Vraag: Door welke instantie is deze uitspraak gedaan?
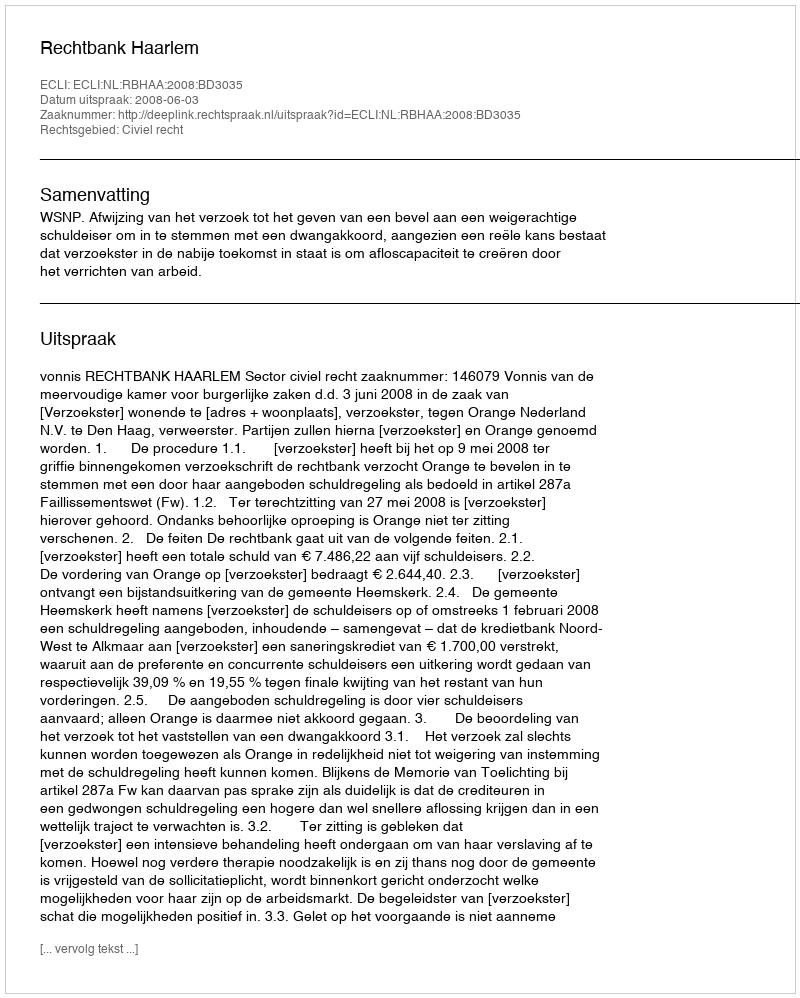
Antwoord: Rechtbank Haarlem